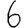
Digit: 6